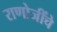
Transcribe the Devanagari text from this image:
राणोजींचे